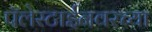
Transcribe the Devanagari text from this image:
पॅलेस्टाईनवरच्या